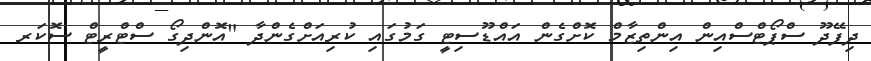
ދިފޭދޫ ސްޕޯޓްސްއިން އިންތިޒާމް ކޮށްގެން އައްޑޫސިޓީ ގަމުގައި ކުރިއަށްގެންދާ "އޮންދިގޯ ސްޓްރީޓް ސޮކަރ